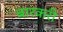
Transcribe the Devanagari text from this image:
बारकरी